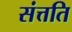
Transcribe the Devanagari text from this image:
संत्तति